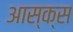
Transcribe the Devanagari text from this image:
आस्क्स